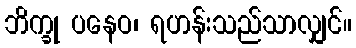
ဘိက္ခု ပနေဝ၊ ရဟန်းသည်သာလျှင်။